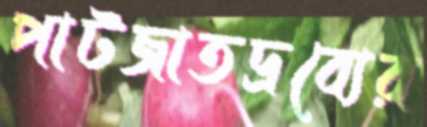
পাটজাতদ্রব্যের